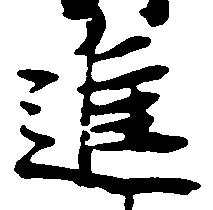
進